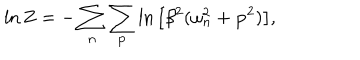
\ln Z = - \sum _ { n } \sum _ { { \bf p } } \ln \big [ \beta ^ { 2 } ( \omega _ { n } ^ { 2 } + { \bf p } ^ { 2 } ) \big ] ,